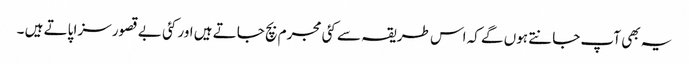
یہ بھی آپ جانتے ہوں گے کہ اس طریقہ سے کئی مجرم بچ جاتے ہیں اور کئی بے قصور سزا پاتے ہیں ۔